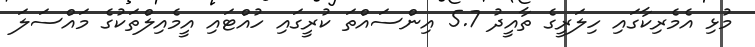
މުޅި އެމެރިކާގައި ހިލަރީގެ ތާއީދު 5.7 އިންސައްތަ ކުރީގައި ހުއްޓައި އީމެއިލްތަކުގެ މައްސަލަ